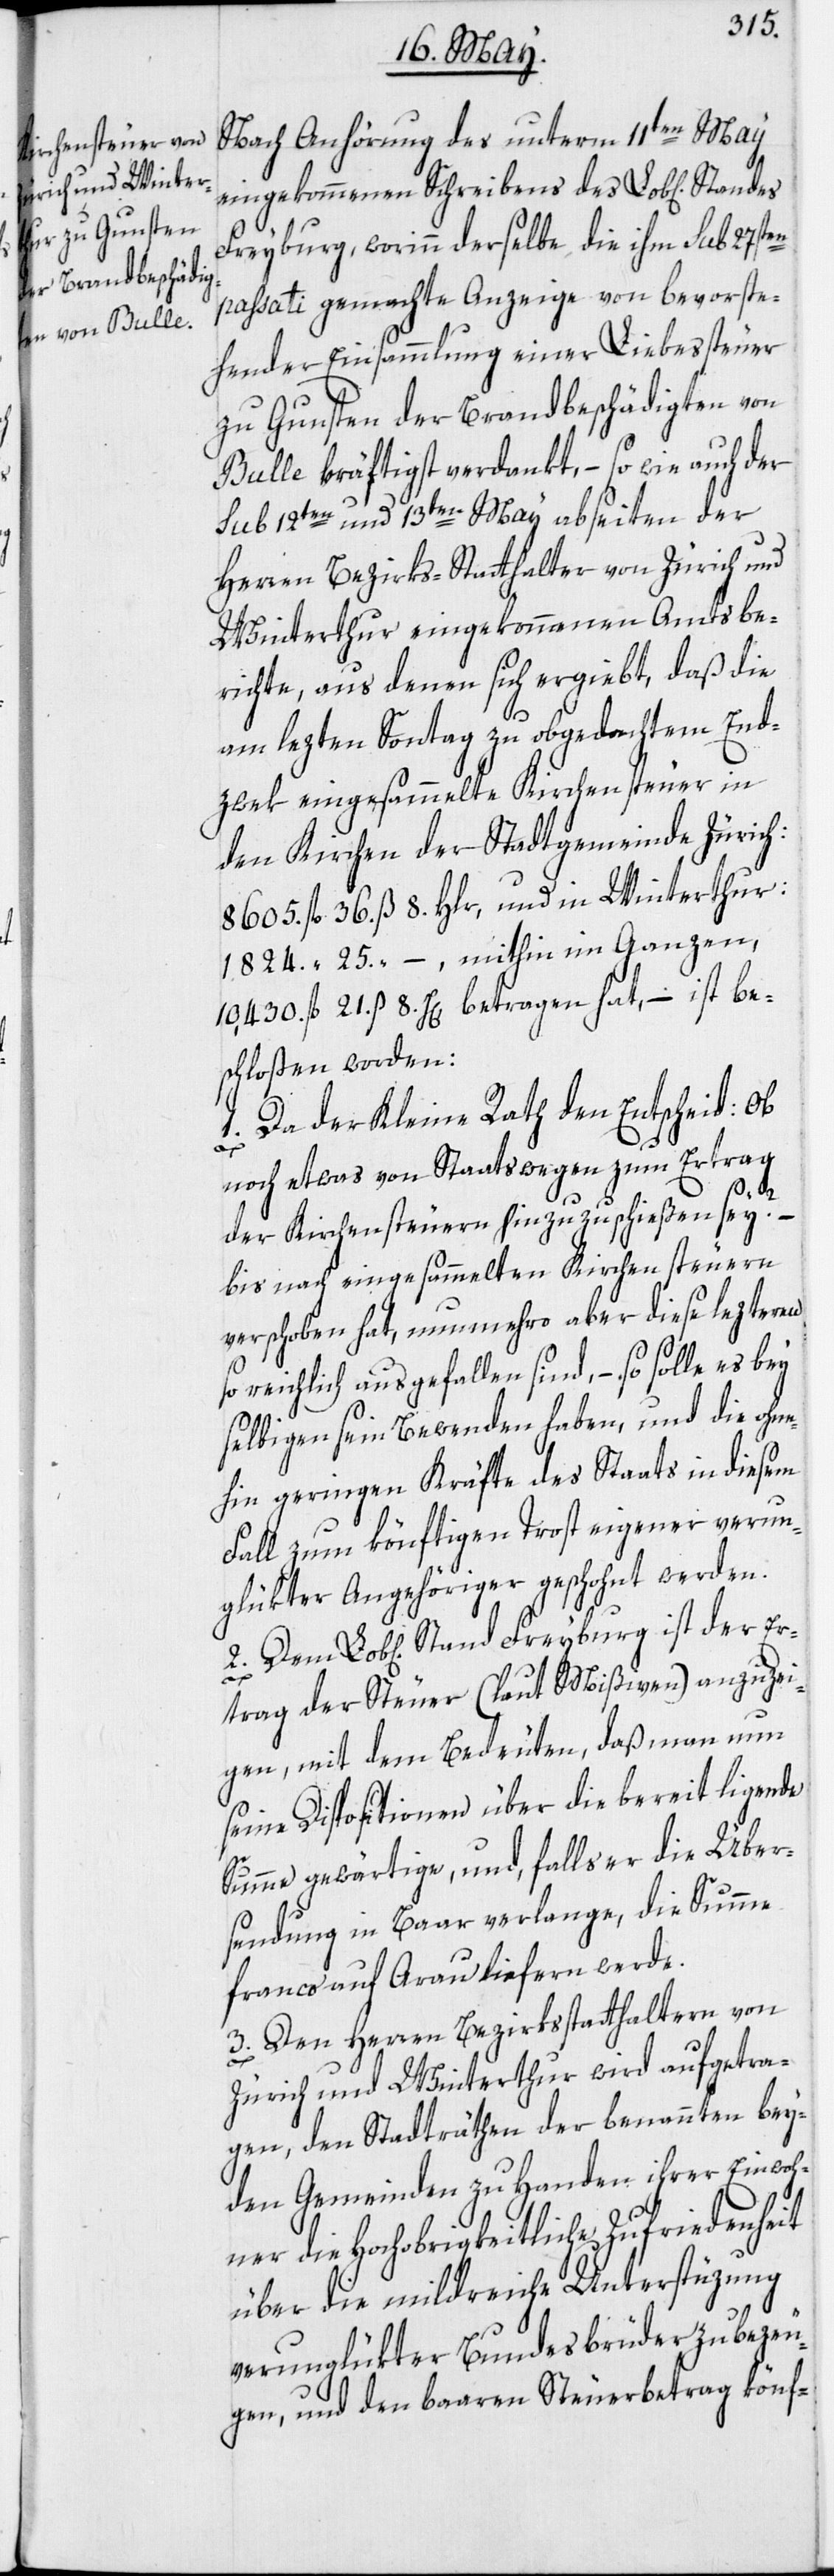
Nach Anhörung des unterm 11ten May
eingekommenen Schreibens des Lob[lichen]
Freyburg, worinn derselbe die ihm sub 27sten
passati gemachte Anzeige von bevorste¬
hender Einsammlung einer Liebessteuer
zu Gunsten der Brandbeschädigten von
Bulle kräftigst verdankt, – so wie auch der
sub 12ten und 13ten May abseiten der
Herren Bezirks-Statthalter von Zürich und
Winterthur eingekommenen Amtsbe¬
richte, aus denen sich ergiebt, daß die
am lezten Sontag zu obgedachtem End¬
zwek eingesammelte Kirchensteuer in
den Kirchen der Stadtgemeinde Zürich:
8605. fl. 36. ß 8. Hlr, und in Winterthur:
25. [ß] –, mithin im Ganzen,
10,430. fl. 21. ß 8. Hl[er]. betragen hat, – ist be¬
schloßen worden:
1. Da der Kleine Rath den Entscheid: ob
noch etwas von Staatswegen zum Ertrag
der Kirchensteuern hinzuzuschießen sey? –
bis nach eingesammelten Kirchensteuern
verschoben hat, nunmehro aber diese lezteren
so reichlich ausgefallen sind, – so solle es bey
selbigen sein Bewenden haben, und die ohne¬
hin geringen Kräfte des Staats in diesem
Fall zum könftigen Trost eigener verun¬
glükter Angehöriger geschohnt worden.
Lob[lichen] Stand Freyburg ist der Er¬
trag der Steuer (laut Mißiven) anzuzei¬
gen, mit dem Bedeuten, daß man nun
seine Dispositionen über die bereit ligende
Summe gewärtige, und, falls er die Über¬
2.
sendung in Baar verlange, die Summe
franco auf Arau liefern werde.
3. Den Herren Bezirksstatthaltern von
Zürich und Winterthur wird aufgetra¬
gen, den Stadträthen der benannten bey¬
den Gemeinden zu Handen ihrer Einwoh¬
ner die Hochobrigkeitliche Zufriedenheit
über die mildreiche Unterstüzung
verunglükter Bundesbrüder zu bezeu¬
gen, und den baaren Steuerbetrag könf-